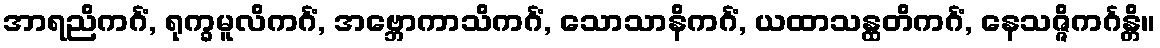
အာရညိကင်္ဂံ, ရုက္ခမူလိကင်္ဂံ, အဗ္ဘောကာသိကင်္ဂံ, သောသာနိကင်္ဂံ, ယထာသန္ထတိကင်္ဂံ, နေသဇ္ဇိကင်္ဂန္တိ။